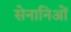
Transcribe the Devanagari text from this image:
सेनानिओं